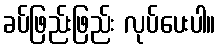
ခပ်ဖြည်းဖြည်း လုပ်ပေးပါ။